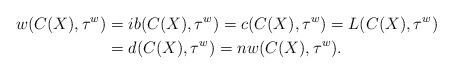
LaTeX: \begin{align*}w(C(X),\tau^{w})&=ib(C(X),\tau^{w}) = c(C(X),\tau^{w})=L(C(X),\tau^{w})\\&=d(C(X),\tau^{w})=nw(C(X),\tau^{w}).\end{align*}